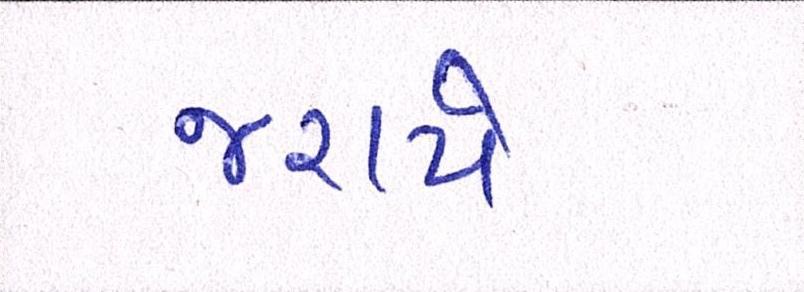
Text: જરાયે